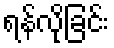
ရန်လိုခြင်း